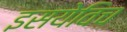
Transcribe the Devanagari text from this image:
इसयेविच